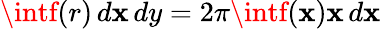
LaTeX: \intf(r)\, d\mathbf{x}\, dy=2\pi\intf(\mathbf{x})\mathbf{x}\, d\mathbf{x}